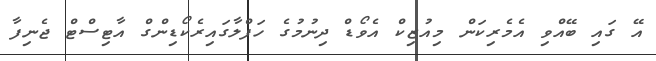
އޭ ގައި ބޭއްވި އެމެރިކަން މިއުޒިކް އެވޯޑް ދިނުމުގެ ހަފްލާގައިރެކޯޑިންގް އާޓިސްޓް ޖެނިފާ